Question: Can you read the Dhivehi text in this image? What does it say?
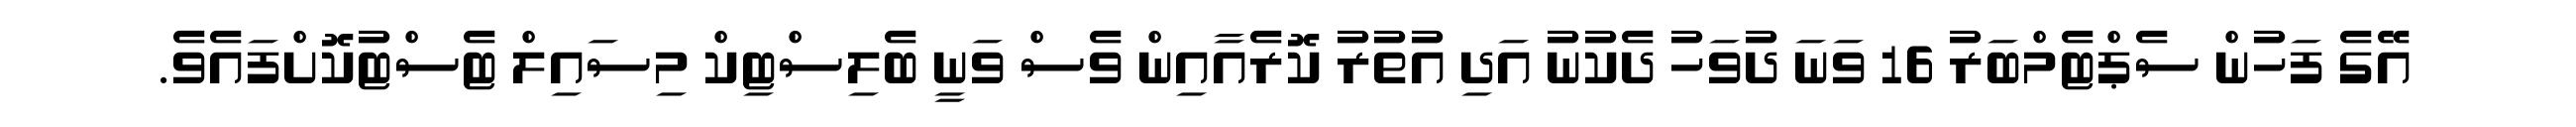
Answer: އޭގެ ފަހުން ސެޕްޓެމްބަރު 16 ވަނަ ދުވަހު ދެކުނު އަދި އުތުރު ކޮރެއާއިން ވެސް ވަނީ ބެލިސްޓިކް މިސައިލް ޓެސްޓުކޮށްފައެވެ.